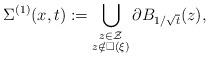
LaTeX: \begin{align*} \Sigma^{(1)}(x,t):=\bigcup_{\substack{z\in\mathcal{Z}\\z\notin \square(\xi)}} \partial B_{1/\sqrt{t}}(z),\end{align*}